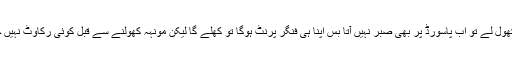
کمال ہے ناں کہ ہمارا فون کوئی نہ کھول لے تو اب پاسورڈ پر بھی صبر نہیں آتا بس اپنا ہی فنگر پرنٹ ہوگا تو کھلے گا لیکن مونہہ کھولنے سے قبل کوئی رکاوٹ نہیں حیا نہیں حجاب نہیں خوف نہیں کیوں؟